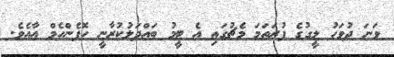
ވަނަ ދުވަހު ލީގުގެ ފުރަތަމަ މެޗުގައި އެ ޓީމު ބައްދަލުކުރާނީ ހޮފެންހެމް އާއެވެ.